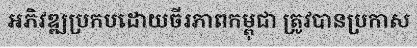
អភិវឌ្ឍប្រកបដោយចីរភាពកម្ពុជា ត្រូវបានប្រកាស